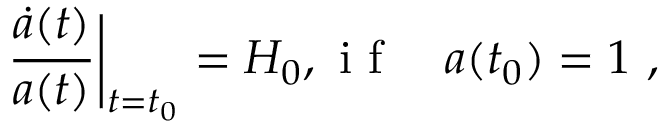
\frac { \Dot { a } ( t ) } { a ( t ) } \bigg | _ { t = t _ { 0 } } = H _ { 0 } , \mathrm { ~ i ~ f ~ } \quad a ( t _ { 0 } ) = 1 \ ,